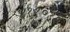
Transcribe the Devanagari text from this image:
४११०१६